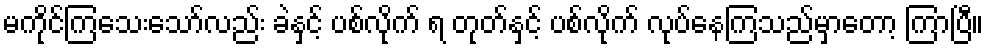
မကိုင်ကြသေးသော်လည်း ခဲနှင့် ပစ်လိုက် ရ တုတ်နှင့် ပစ်လိုက် လုပ်နေကြသည်မှာတော့ ကြာပြီ။